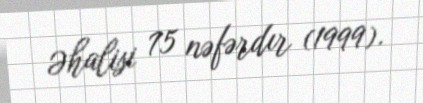
Əhalisi 75 nəfərdır (1999).